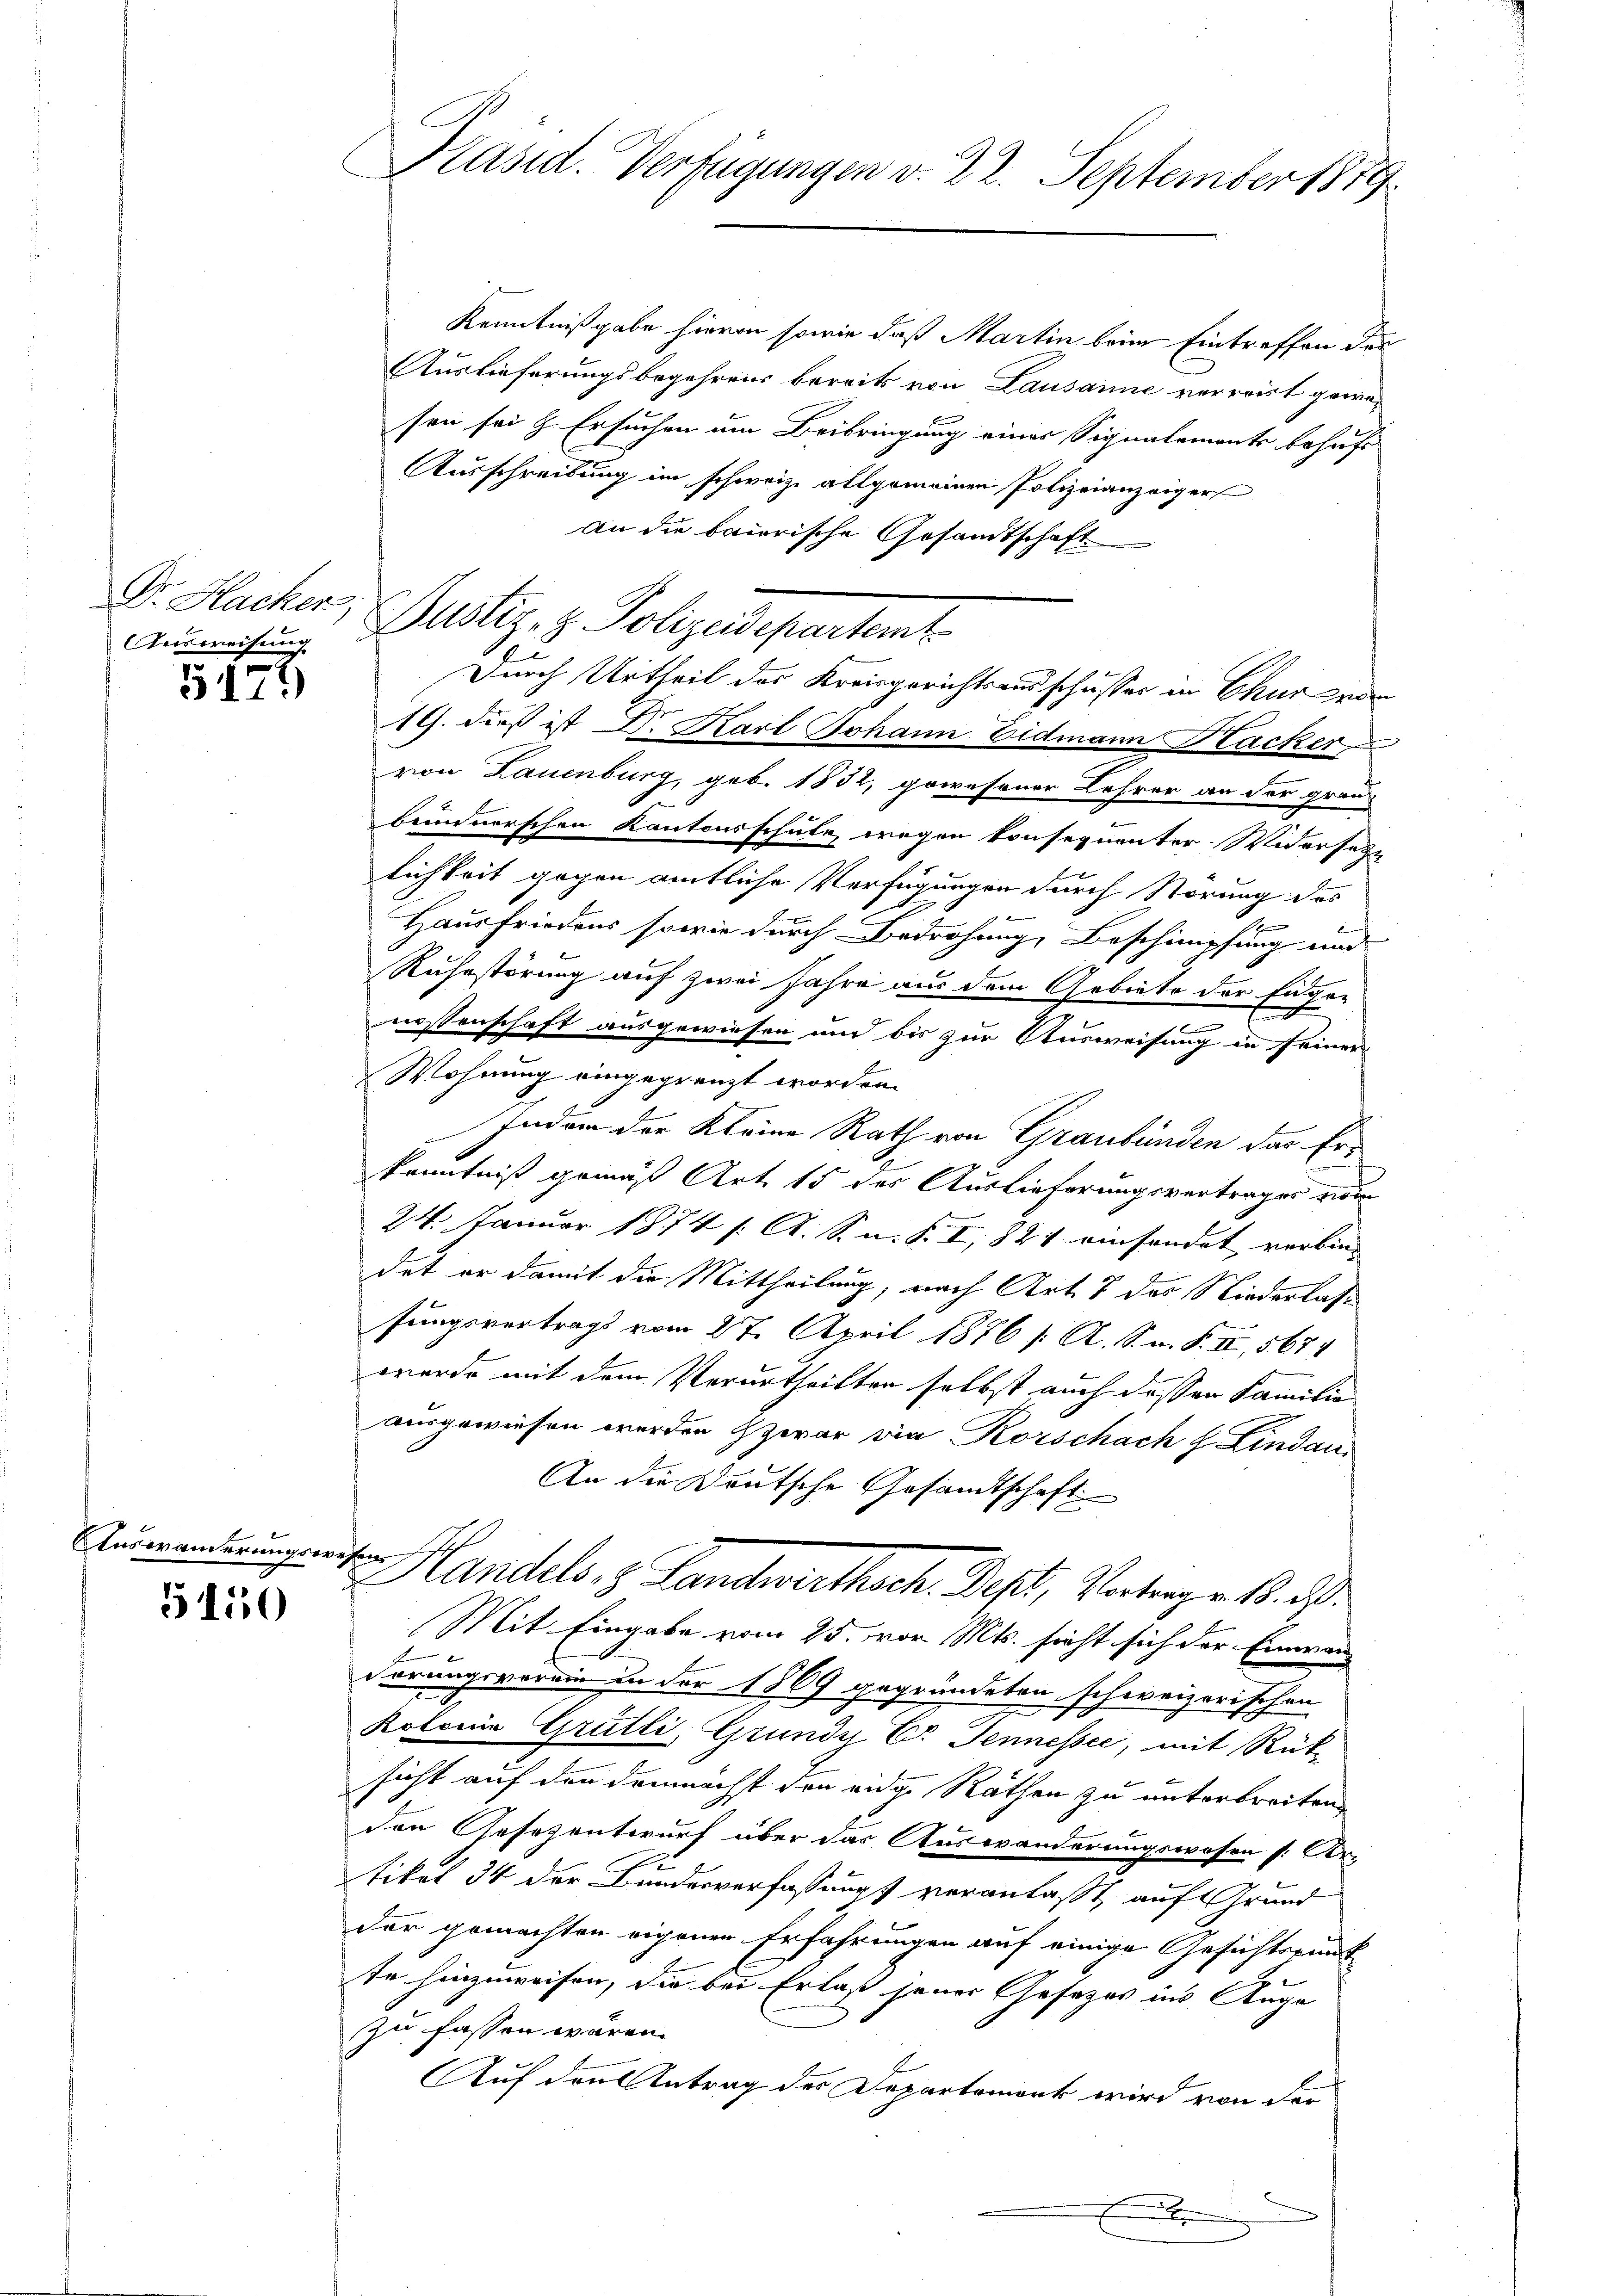
Dr. Hacker

5179

Auswanderungswesen

5150

Präsid. Verfügungen v. 22. September 1889

Kenntnißgabe hievon sowie daß Martin beim Eintreffen des
Auslieferungsbegehrens bereits von Lausanne verreist gewesen sei & Ersuchen am Beibringung einer Signalements behufs
Ausschreibung im schweize allgemeinen Polizeianzeiger
An die baierische Gesandtschaft
19. dieß ist Dr. Karl Johann Eidmann Hacker
von Lauenburg, geb. 1832, gewesener Lehrer an der grau
beundnerschen Kantonsschule, wegen konsequenter Widersetz
lichkeit gegen amtliche Verfügungen durch Störung des
.
.
Hausfriedens sowie durch Bedrohung, Beschimpfung und
Ruhestörung auf zwei Jahre aus dem Gebiete der Eidgen
f
2
.
e
nossenschaft ausgewiesen und bis zur Ausweisung in seinen
Wohnung eingegrenzt worden.
Indem der Kleine Rath von Graubünden das Er-
kenntniß gemäß Art. 15 des Auslieferungsvertrages vom
24. Januar 1874 /: A. S. n. F. I, 824 einsondert verbin- |
dat er damit die Mittheilung, nach Art. 7 des Niederlass
fungsvertrags vom 27. April 1876 /: A. S. n. F. II, 5674
werde mit dem Verurtheilten selbst auch dessen Familie
ausgewiesen werden zwar die Korschach H. Lindau
An die Deutsche Gesandtschaft
Handels, 3 Landwirthsch. Dest, Vaterage No. 3.
Mit Eingabe vom 25. vor Mts. sieht sich der Einwan
dörungsverein in der 1869 gegründeten schweizerischen
Rolonia Grütli, Grundy C. Jennessee, mit Rüt-
sicht auf den demnächst den eige Räthen zu unterbreiten
den Gesezentwurf über das Auswanderungswesen [Artiket 34 der Bundesverfassung veranlaßt, auf Grund
der gemachten eigenen Erfahrungen auf einige Gesichtspunkt
E
te hinzuweisen, die bei Erlass jener Gesetzes ins Auge |
zu fassen wären.
Auf den Antrag des Departement wird von der
E

Ausweisung Justiz- & Polizeidepartemt

Durch Urtheil des Kreisgerichtsausschusses in Chur von